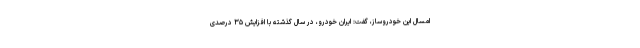
امسال این خودروساز، گفت: ایران خودرو، در سال گذشته با افزایش ۳۵ درصدی